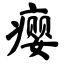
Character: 瘿